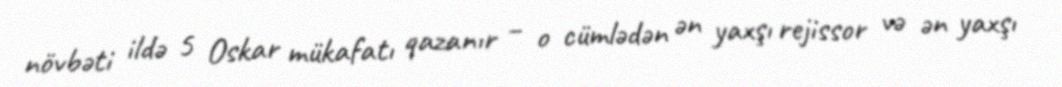
növbəti ildə 5 Oskar mükafatı qazanır – o cümlədən ən yaxşı rejissor və ən yaxşı